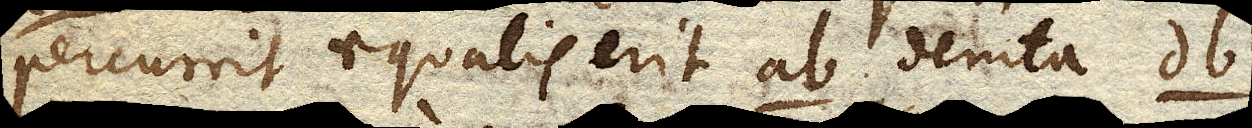
percurrit aequalis erit ab. demta db.